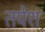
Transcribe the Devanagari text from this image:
तपेश